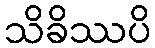
သိခိဿပိ